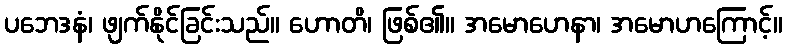
ပဘေဒနံ၊ ဖျက်နိုင်ခြင်းသည်။ ဟောတိ၊ ဖြစ်၏။ အမောဟေနာ၊ အမောဟကြောင့်။